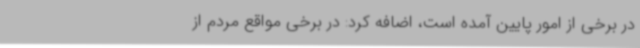
در برخی از امور پایین آمده است، اضافه کرد: در برخی مواقع مردم از